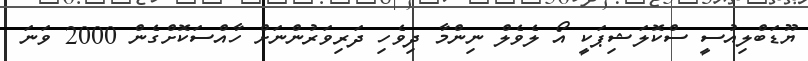
ޔޫޑަބްލިއުސީ ސްކޮލަޝިޕަކީ އޯ ލެވެލް ނިންމާ ދިވެހި ދަރިވަރުންނަށް ހާއްސަކޮށްގެން 2000 ވަނަ